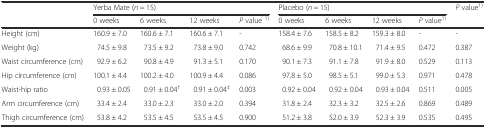
|  | <COLSPAN=4> Yerba Mate (n = 15) | <COLSPAN=4> Placebo (n = 15) | <ROWSPAN=2> P value1) |
 |  | 0 weeks | 6 weeks | 12 weeks | P value 1) | 0 weeks | 6 weeks | 12 weeks | P value1) |
 | --- | --- | --- | --- | --- | --- | --- | --- | --- | --- |
 | Height (cm) | 160.9 ± 7.0 | 160.6 ± 7.1 | 160.6 ± 7.1 | - | 158.4 ± 7.6 | 158.5 ± 8.2 | 159.3 ± 8.0 | - | - |
 | Weight (kg) | 74.5 ± 9.8 | 73.5 ± 9.2 | 73.8 ± 9.0 | 0.742 | 68.6 ± 9.9 | 70.8 ± 10.1 | 71.4 ± 9.5 | 0.472 | 0.387 |
 | Waist circumference (cm) | 92.9 ± 6.2 | 90.8 ± 4.9 | 91.3 ± 5.1 | 0.170 | 90.1 ± 7.3 | 91.1 ± 7.8 | 91.9 ± 8.0 | 0.529 | 0.113 |
 | Hip circumference (cm) | 100.1 ± 4.4 | 100.2 ± 4.0 | 100.9 ± 4.4 | 0.086 | 97.8 ± 5.0 | 98.5 ± 5.1 | 99.0 ± 5.3 | 0.971 | 0.478 |
 | Waist-hip ratio | 0.93 ± 0.05 | 0.91 ± 0.04† | 0.91 ± 0.04‡ | 0.003 | 0.92 ± 0.04 | 0.92 ± 0.04 | 0.93 ± 0.04 | 0.511 | 0.005 |
 | Arm circumference (cm) | 33.4 ± 2.4 | 33.0 ± 2.3 | 33.0 ± 2.0 | 0.394 | 31.8 ± 2.4 | 32.3 ± 3.2 | 32.5 ± 2.6 | 0.869 | 0.489 |
 | Thigh circumference (cm) | 53.8 ± 4.2 | 53.5 ± 4.5 | 53.5 ± 4.5 | 0.900 | 51.2 ± 3.8 | 52.0 ± 3.9 | 52.3 ± 3.9 | 0.535 | 0.495 |